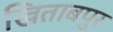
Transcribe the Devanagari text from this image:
खिताबपुर